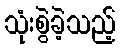
သုံးစွဲခဲ့သည့်